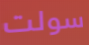
سولت